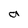
Character: a